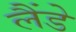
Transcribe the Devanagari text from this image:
लैंडे